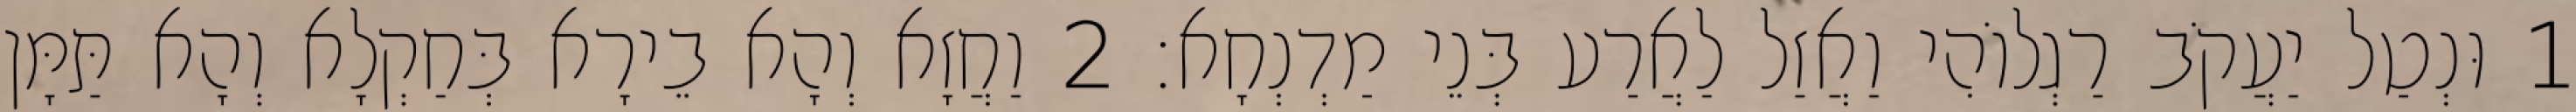
1 וּנְטַל יַעֲקֹב רַגְלוֹהִי וַאֲזַל לַאֲרַע בְּנֵי מַדְנְחָא׃ 2 וַחֲזָא וְהָא בֵירָא בְּחַקְלָא וְהָא תַּמָּן